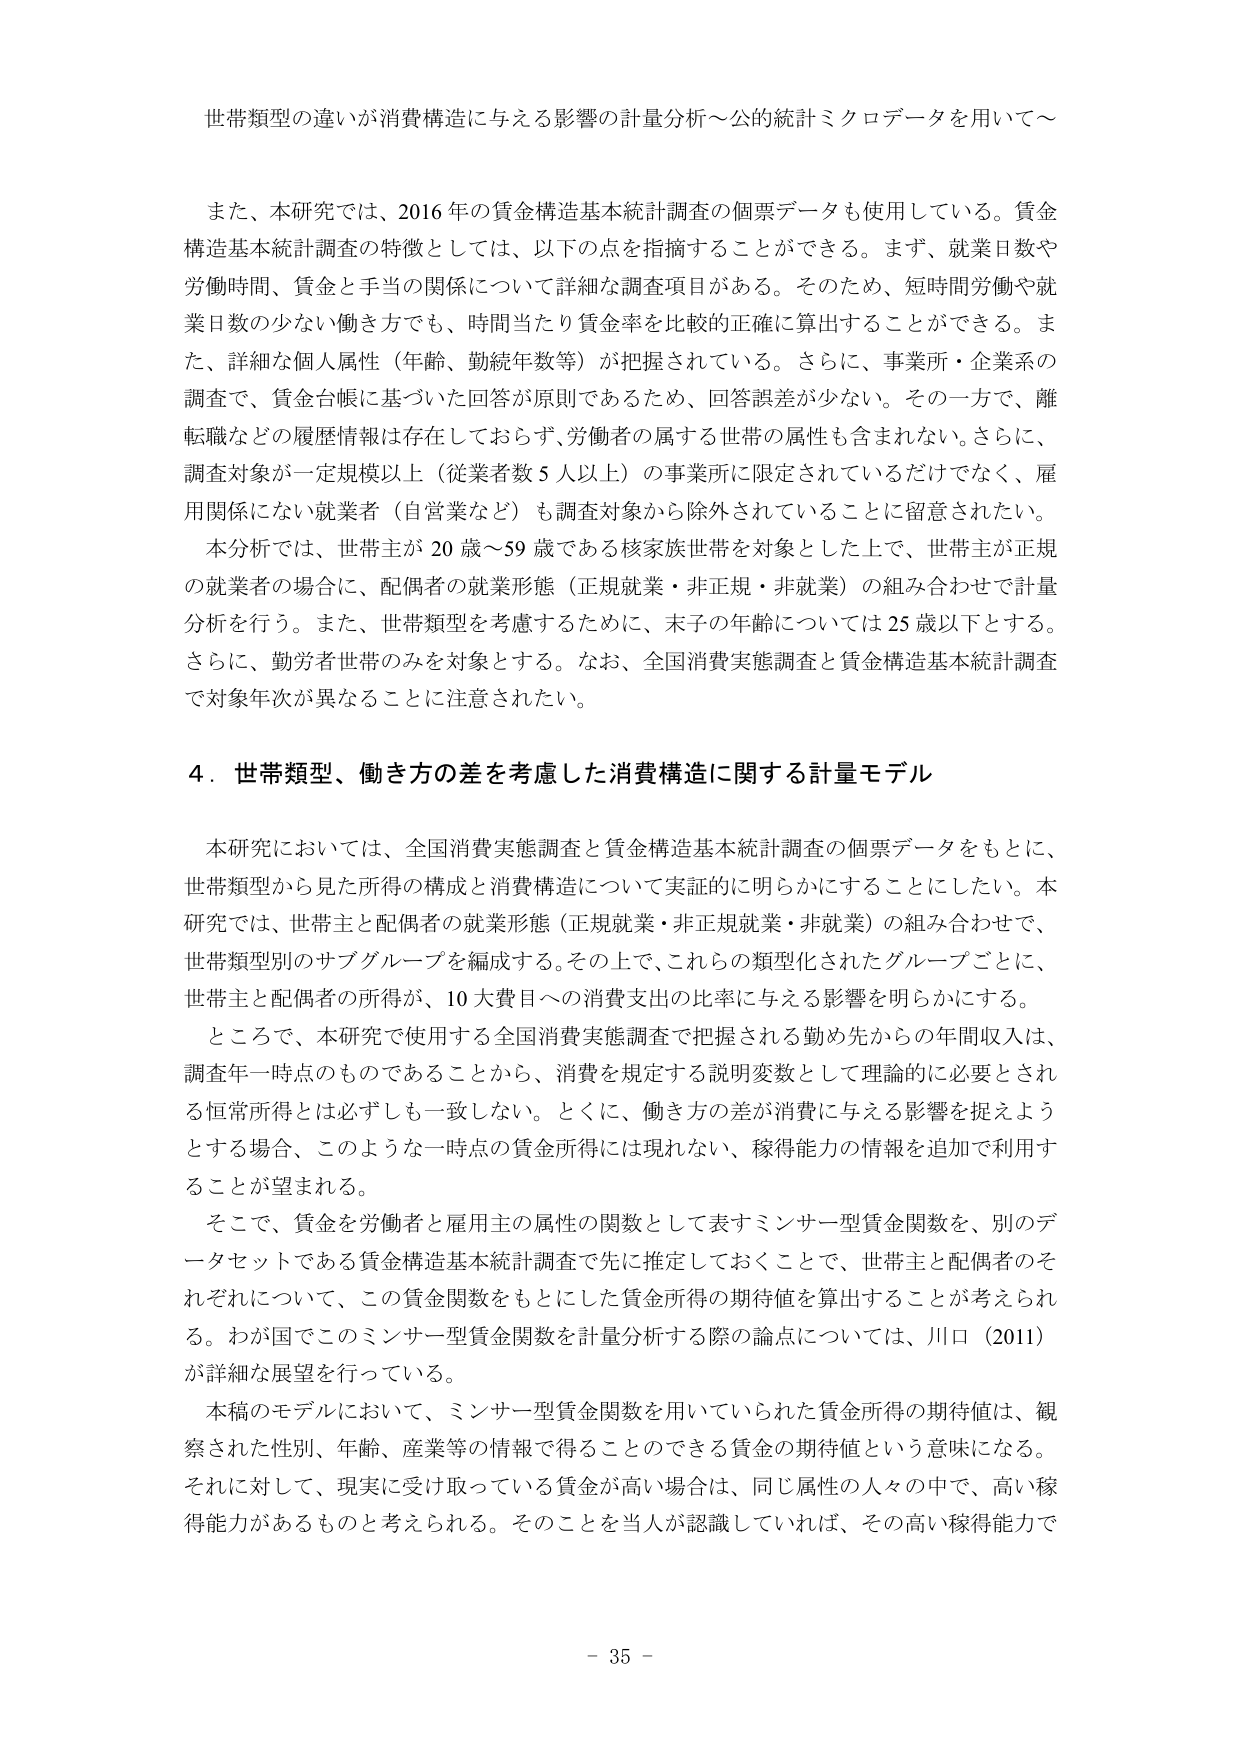
世帯類型の違いが消費構造に与える影響の計量分析～公的統計ミクロデータを用いて～

また、本研究では、2016年の賃金構造基本統計調査の個票データも使用している。賃金構造基本統計調査の特徴としては、以下の点を指摘することができる。まず、就業日数や労働時間、賃金と手当の関係について詳細な調査項目がある。そのため、短時間労働や就業日数の少ない働き方でも、時間当たり賃金率を比較的正確に算出することができる。また、詳細な個人属性（年齢、勤続年数等）が把握されている。さらに、事業所・企業系の調査で、賃金台帳に基づいた回答が原則であるため、回答誤差が少ない。その一方で、離転職などの履歴情報は存在しておらず、労働者の属する世帯の属性も含まれない。さらに、調査対象が一定規模以上（従業者数5人以上）の事業所に限定されているだけでなく、雇用関係にない就業者（自営業など）も調査対象から除外されていることに留意されたい。

本分析では、世帯主が20歳～59歳である核家族世帯を対象とした上で、世帯主が正規の就業者の場合に、配偶者の就業形態（正規就業・非正規・非就業）の組み合わせで計量分析を行う。また、世帯類型を考慮するために、末子の年齢については25歳以下とする。さらに、勤労者世帯のみを対象とする。なお、全国消費実態調査と賃金構造基本統計調査で対象年次が異なることに注意されたい。

4．世帯類型、働き方の差を考慮した消費構造に関する計量モデル

本研究においては、全国消費実態調査と賃金構造基本統計調査の個票データをもとに、世帯類型から見た所得の構成と消費構造について実証的に明らかにすることにしたい。本研究では、世帯主と配偶者の就業形態（正規就業・非正規就業・非就業）の組み合わせで、世帯類型別のサブグループを編成する。その上で、これらの類型化されたグループごとに、世帯主と配偶者の所得が、10大費目への消費支出の比率に与える影響を明らかにする。

ところで、本研究で使用する全国消費実態調査で把握される勤め先からの年間収入は、調査年一時点のものであることから、消費を規定する説明変数として理論的に必要とされる恒常所得とは必ずしも一致しない。とくに、働き方の差が消費に与える影響を捉えようとする場合、このような一時点の賃金所得には現れない、稼得能力の情報を追加で利用することが望まれる。

そこで、賃金を労働者と雇用主の属性の関数として表すミンサー型賃金関数を、別のデータセットである賃金構造基本統計調査で先に推定しておくことで、世帯主と配偶者のそれぞれについて、この賃金関数をもとにした賃金所得の期待値を算出することが考えられる。わが国でこのミンサー型賃金関数を計量分析する際の論点については、川口（2011）が詳細な展望を行っている。

本稿のモデルにおいて、ミンサー型賃金関数を用いていられた賃金所得の期待値は、観察された性別、年齢、産業等の情報で得ることのできる賃金の期待値という意味になる。それに対して、現実に受け取っている賃金が高い場合は、同じ属性の人々の中で、高い稼得能力があるものと考えられる。そのことを当人が認識していれば、その高い稼得能力で

- 35 -